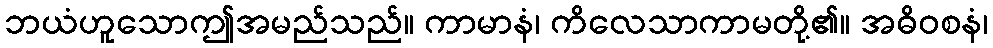
ဘယံဟူသောဤအမည်သည်။ ကာမာနံ၊ ကိလေသာကာမတို့၏။ အဓိဝစနံ၊